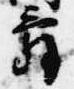
辞